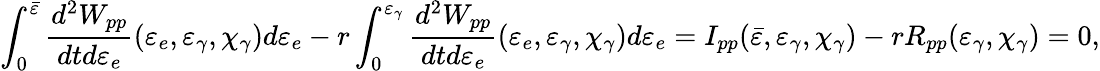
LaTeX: \int_{0}^{\bar{\varepsilon}}\frac{d^{2}W_{pp}}{dtd\varepsilon_{e}}(\varepsilon_{e},\varepsilon_{\gamma},\chi_{\gamma})d\varepsilon_{e}-r\int_{0}^{\varepsilon_{\gamma}}\frac{d^{2}W_{pp}}{dtd\varepsilon_{e}}(\varepsilon_{e},\varepsilon_{\gamma},\chi_{\gamma})d\varepsilon_{e}=I_{pp}(\bar{\varepsilon},\varepsilon_{\gamma},\chi_{\gamma})-rR_{pp}(\varepsilon_{\gamma},\chi_{\gamma})=0,